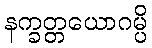
နက္ခတ္တယောဂမ္ပိ